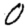
Digit: 0